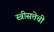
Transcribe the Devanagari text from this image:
स्त्रीसत्तेची